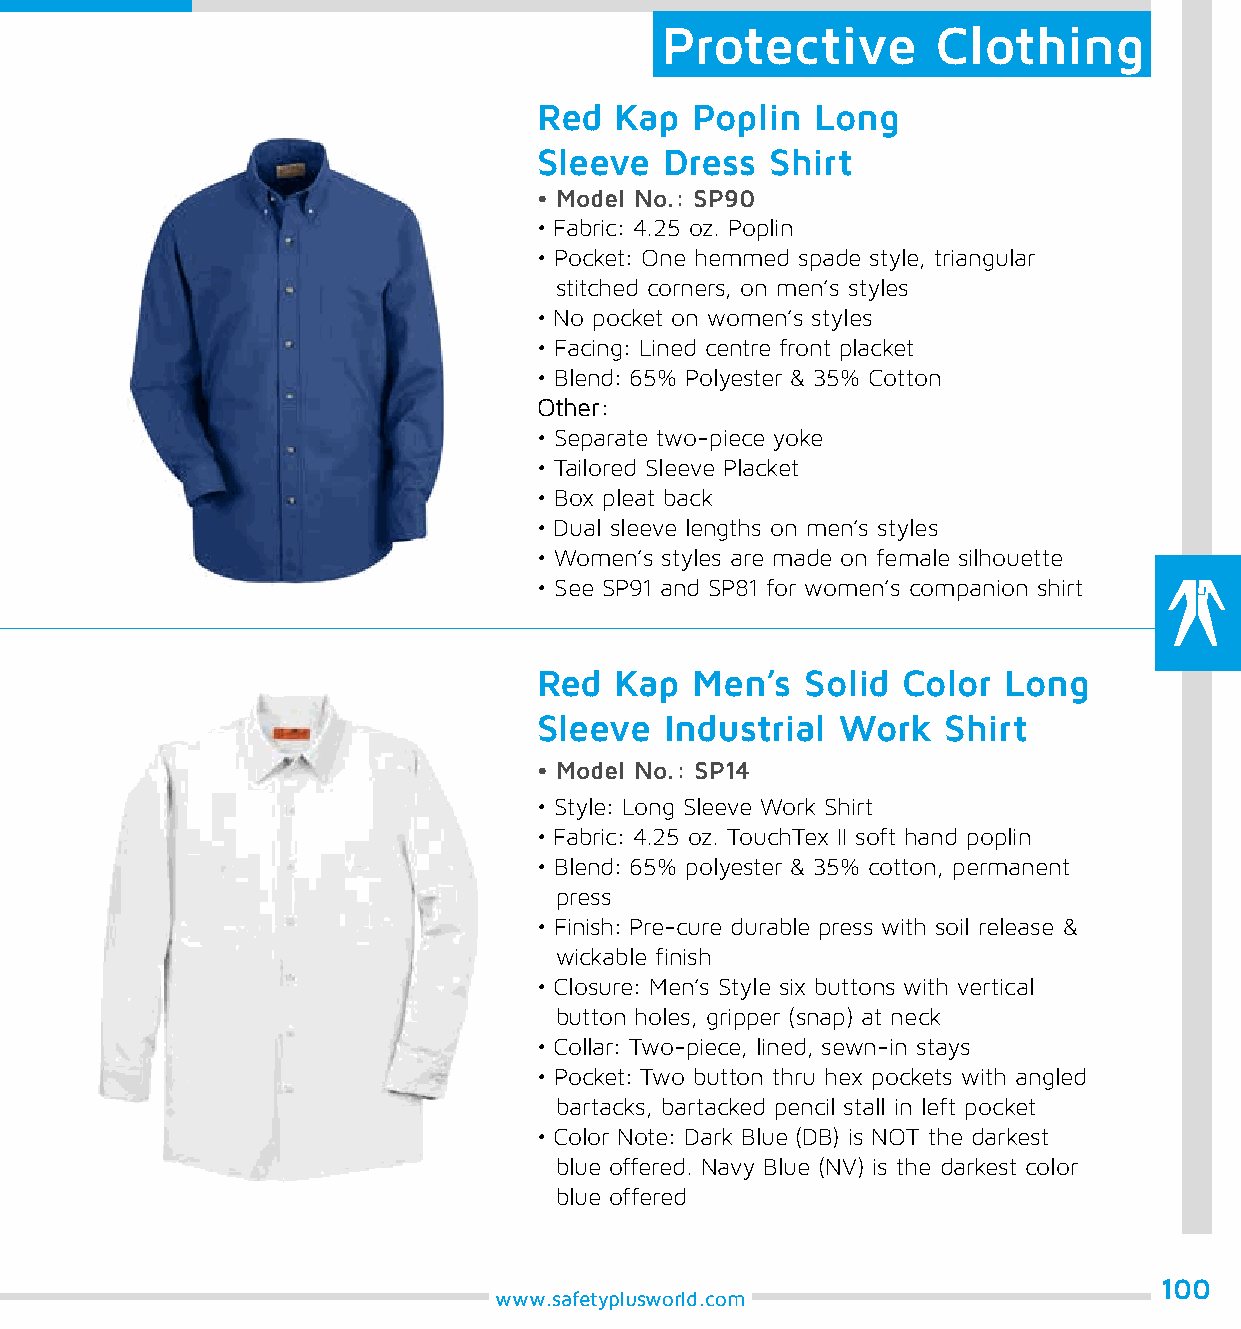
Protective        Clothing
 Red  Kap  Poplin  Long
 Sleeve  Dress  Shirt
 • Model No.: SP90
 • Fabric: 4.25 oz. Poplin
 • Pocket: One hemmed spade style, triangular
 stitched corners, on men’s styles
 • No pocket on women’s styles
 • Facing: Lined centre front placket
 • Blend: 65% Polyester & 35% Cotton
 Other:
 • Separate two-piece yoke
 • Tailored Sleeve Placket
 • Box pleat back
 • Dual sleeve lengths on men’s styles
 • Women’s styles are made on female silhouette
 • See SP91 and SP81 for women’s companion shirt
 Red  Kap  Men’s  Solid  Color Long
 Sleeve  Industrial  Work   Shirt
 • Model No.: SP14
 • Style: Long Sleeve Work Shirt
 • Fabric: 4.25 oz. TouchTex II soft hand poplin
 • Blend: 65% polyester & 35% cotton, permanent
 press
 • Finish: Pre-cure durable press with soil release &
 wickable finish
 • Closure: Men’s Style six buttons with vertical
 button holes, gripper (snap) at neck
 • Collar: Two-piece, lined, sewn-in stays
 • Pocket: Two button thru hex pockets with angled
 bartacks, bartacked pencil stall in left pocket
 • Color Note: Dark Blue (DB) is NOT the darkest
 blue offered. Navy Blue (NV) is the darkest color
 blue offered
 100
 www.safetyplusworld.com